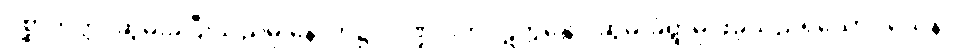
ပစ္ဆာဘတ္တံ၊ ဆွမ်းခံပြီးသည်မှ နောက်၌။ ပိဏ္ဍပါတပ္ပဋိက္ကန္တော၊ ဆွမ်းခံရွာမှ ဖဲခဲ့သည်ရှိသော်။ ယေန၊